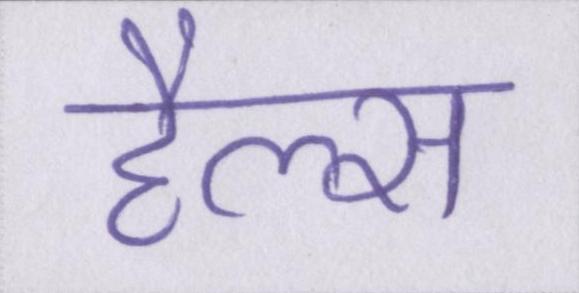
हैल्स